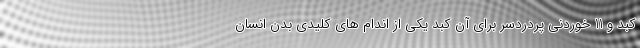
کبد و 11 خوردنی پردردسر برای آن کبد یکی از اندام های کلیدی بدن انسان